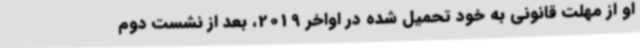
او از مهلت قانونی به خود تحمیل شده در اواخر 2019، بعد از نشست دوم